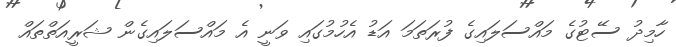
ހާމިދު ސޭޓުގެ މައްސަލައިގެ ފުރަތަމަ އަޑު އެހުމުގައި ވަނީ އެ މައްސަލައިގެން ޝަރީއަތްތައް